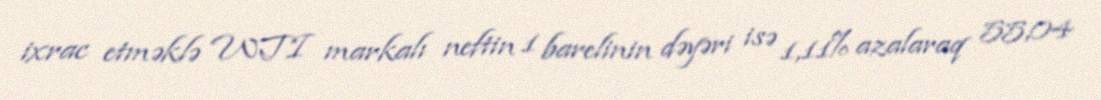
ixrac etməklə WTI markalı neftin 1 barelinin dəyəri isə 1,11% azalaraq 55,04